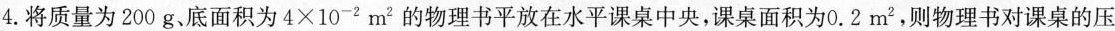
4.将质量为200g、底面积为4×10^{-2} m^{2} 的物理书平放在水平课桌中央，课桌面积为0.2m^{2} ，则物理书对课桌的压